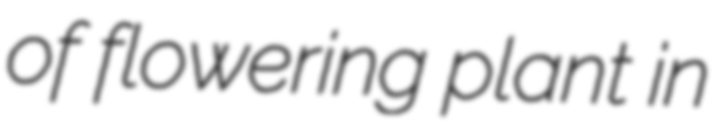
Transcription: of flowering plant in